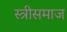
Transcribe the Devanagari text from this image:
स्त्रीसमाज